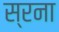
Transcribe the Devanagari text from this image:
स्रना